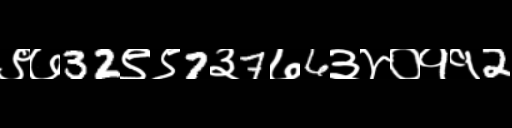
Text: ९७32९९7३7७6३४०११2